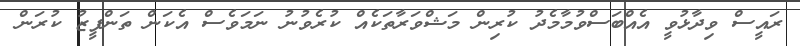
ރައީސް ވިދާޅުވީ އެއްބަސްވުމާމެދު ކުރިން މަޝްވަރާތަކެއް ކުރެވުނު ނަމަވެސް އެކަން ތަންފީޒު ކުރަން